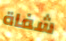
شفاة